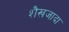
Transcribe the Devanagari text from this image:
शैखजादा